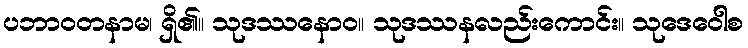
ပဘာဝတနာမ၊ ရှိ၏။ သုဒဿနောဝ။ သုဒဿနလည်းကောင်း။ သုဒေဝေါစ